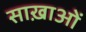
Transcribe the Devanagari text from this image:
साख़ाओं